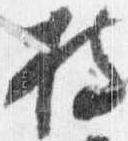
持